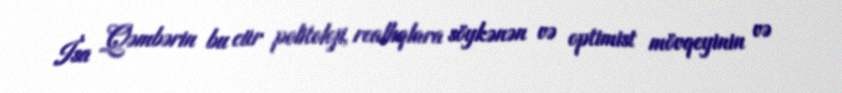
İsa Qəmbərin bu cür politoloji, reallıqlara söykənən və optimist mövqeyinin və